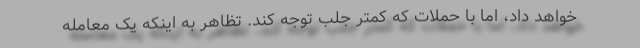
خواهد داد، اما با حملات که کمتر جلب توجه کند. تظاهر به اینکه یک معامله